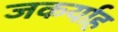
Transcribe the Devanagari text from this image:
जकर्याह